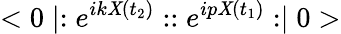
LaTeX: <0\mid:e^{ik\mathit{X}(t_{2})}::e^{ip\mathit{X}(t_{1})}:\mid0>